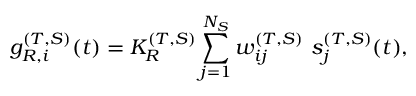
g _ { R , i } ^ { ( T , S ) } ( t ) = K _ { R } ^ { ( T , S ) } \sum _ { j = 1 } ^ { N _ { S } } w _ { i j } ^ { ( T , S ) } ~ s _ { j } ^ { ( T , S ) } ( t ) ,